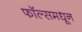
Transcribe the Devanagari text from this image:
फॉल्समधून